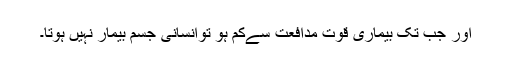
اور جب تک بیماری قوت مدافعت سےکم ہو توانسانی جسم بیمار نہیں ہوتا۔